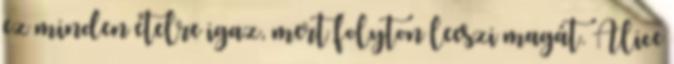
ez minden ételre igaz, mert folyton leeszi magát. Alice